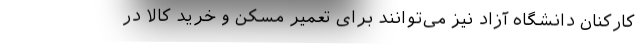
کارکنان دانشگاه آزاد نیز می‌توانند برای تعمیر مسکن و خرید کالا در